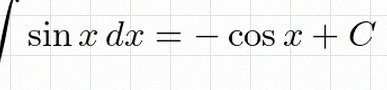
\int \sin x\,dx=-\cos x+C